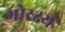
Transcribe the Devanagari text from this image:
गोरक्ष्यं